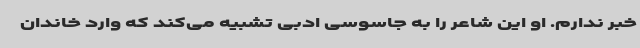
خبر ندارم. او این شاعر را به جاسوسی ادبی تشبیه می‌کند که وارد خاندان